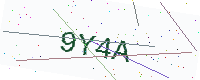
Text: 9Y4A